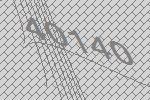
40140